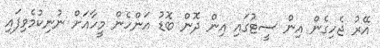
އޭރު ޖެހިގެން އިން ސީޓުގައި އިން ދޮން ބޮޑު އަންހެން މީހާއަށް ނުނިކުމެވިފައި